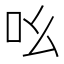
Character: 吆